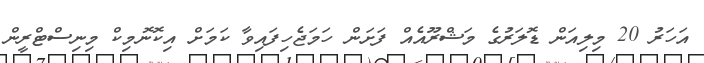
އަހަރު 20 މިލިއަން ޑޮލަރުގެ މަޝްރޫއެއް ފަށަން ހަމަޖެހިފައިވާ ކަމަށް އިކޮނޮމިކް މިނިސްޓްރީން